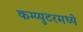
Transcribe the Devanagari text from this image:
कम्प्युटरमध्ये